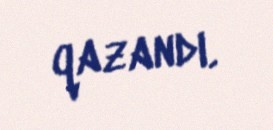
qazandı.